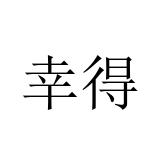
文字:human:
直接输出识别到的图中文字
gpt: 幸得